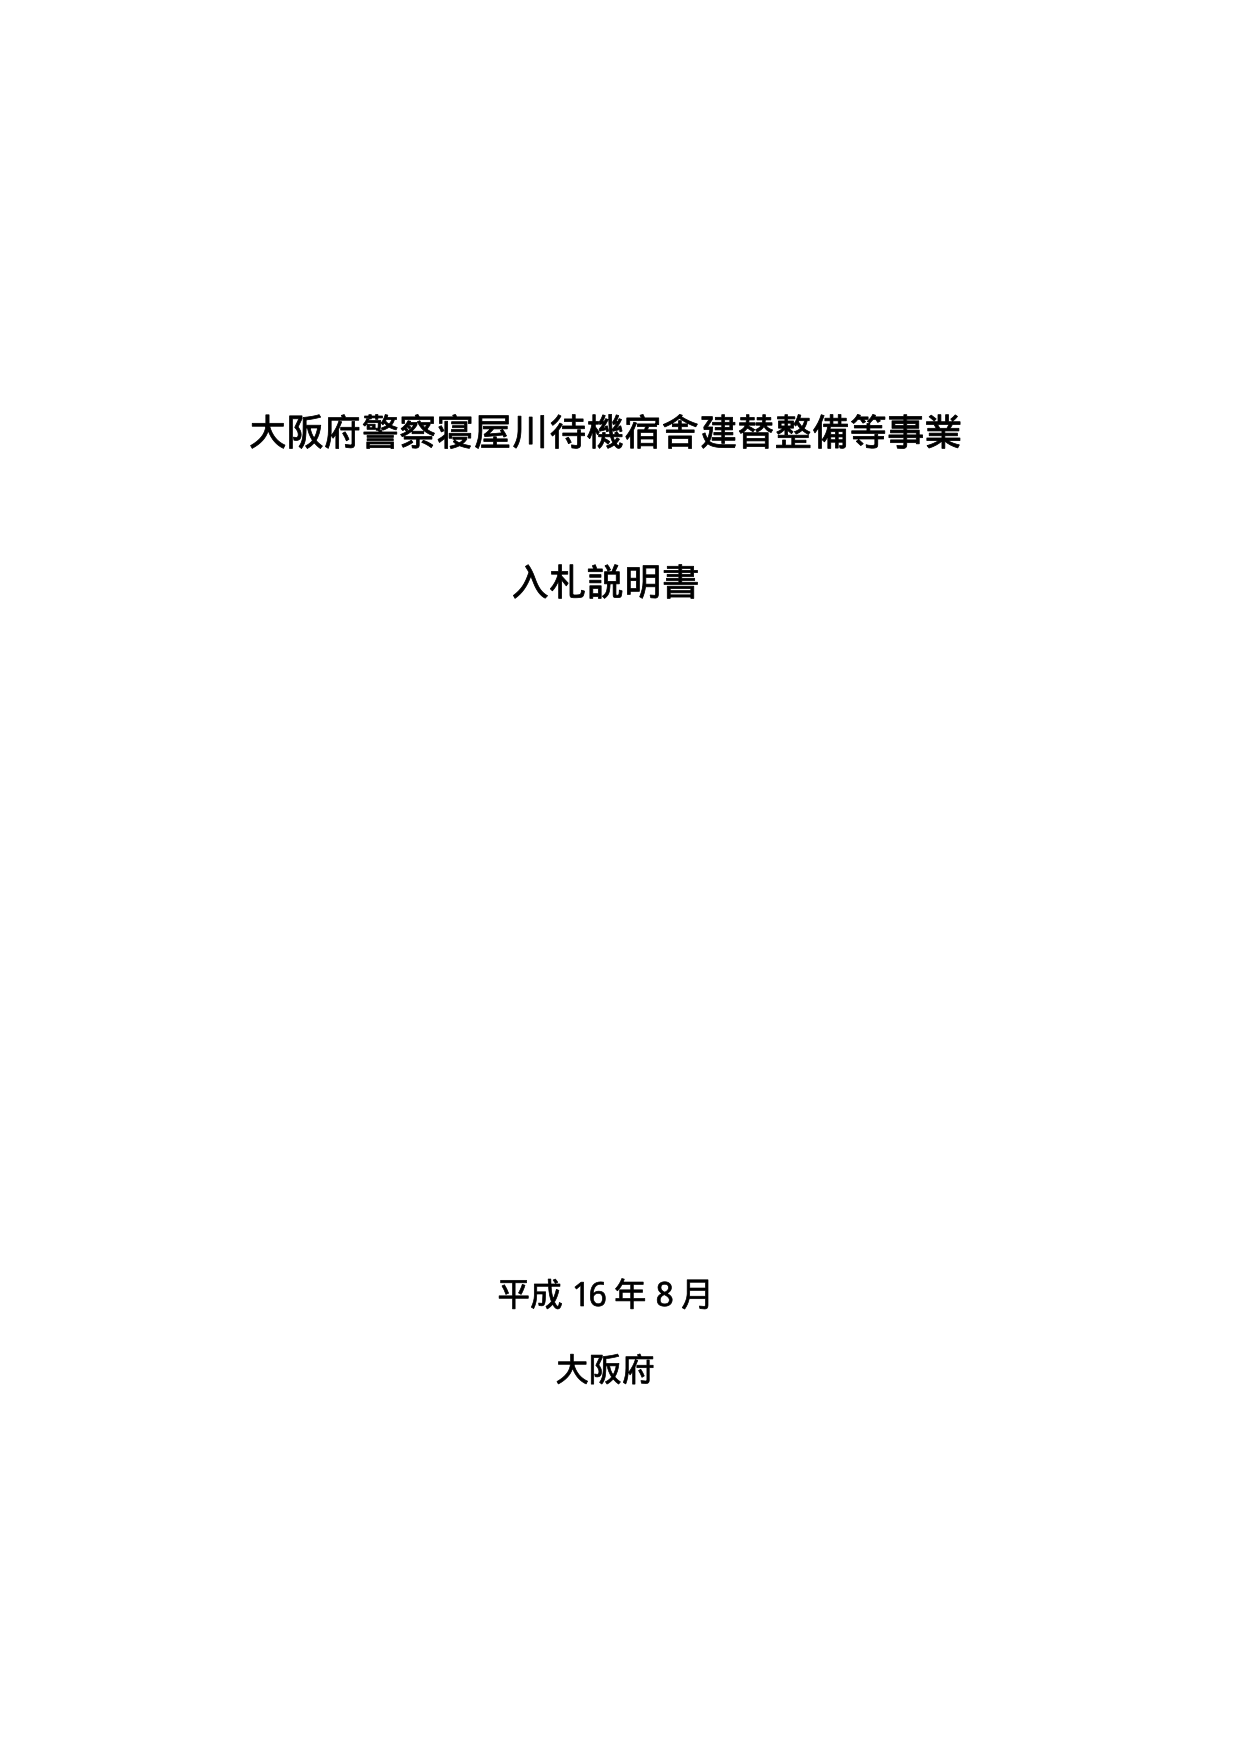
大阪府警察寝屋川待機宿舎建替整備等事業
入札説明書

平成16年8月
大阪府